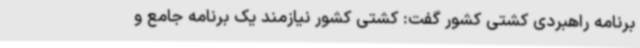
برنامه راهبردی کشتی کشور گفت: کشتی کشور نیازمند یک برنامه جامع و